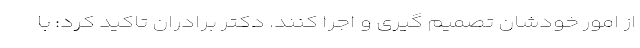
از امور خودشان تصمیم گیری و اجرا کنند. دکتر برادران تاکید کرد: با